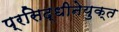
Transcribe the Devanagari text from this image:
प्रसिद्धीनेयुक्त